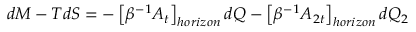
d M - T d S = - \left[ \beta ^ { - 1 } A _ { t } \right] _ { h o r i z o n } d Q - \left[ \beta ^ { - 1 } A _ { 2 t } \right] _ { h o r i z o n } d Q _ { 2 }